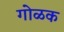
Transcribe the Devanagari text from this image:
गोळक